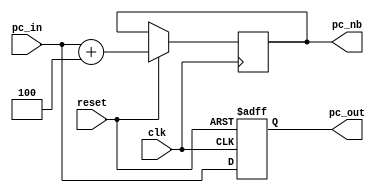
`timescale 1ns / 1ps
//////////////////////////////////////////////////////////////////////////////////
// Company: 
// Engineer: 
// 
// Design Name: RV32I program counter
// Module Name: pc
// Project Name: RV32I cpu
// Target Devices: pynq
// Tool Versions: 
// Description: 
// 
// Dependencies: 
// 
// Revision:
// Revision 0.01 - File Created
// Additional Comments:
// 
//////////////////////////////////////////////////////////////////////////////////


module pc(
    input clk,
    input reset,
    input [31:0] pc_in,
    output reg [31:0] pc_out,
    output reg [31:0] pc_nb
    );
    
    initial begin
        pc_out <= 0;
        pc_nb <= 4;
    end

    always @(posedge clk or negedge reset) begin
        if(~reset) begin
            pc_out <= 0;
        end else begin
            pc_out <= pc_in;
            pc_nb <= pc_in + 4;
        end
    end

endmodule